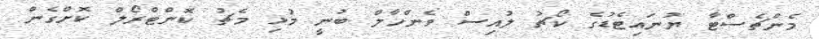
މެންޗެސްޓާ ޔުނައިޓެޑުގެ ކޯޗު ލުއިސް ވެންހާލް ބުނީ މުޅި މެޗު ކޮންޓްރޯލް ކޮށްގެން